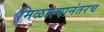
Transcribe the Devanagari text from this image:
मिळाल्यानंतरच